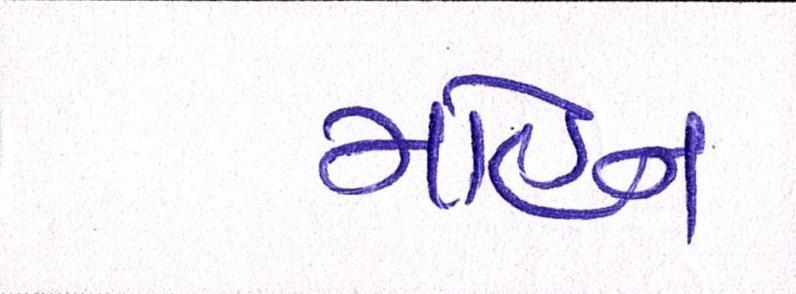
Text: મોહન